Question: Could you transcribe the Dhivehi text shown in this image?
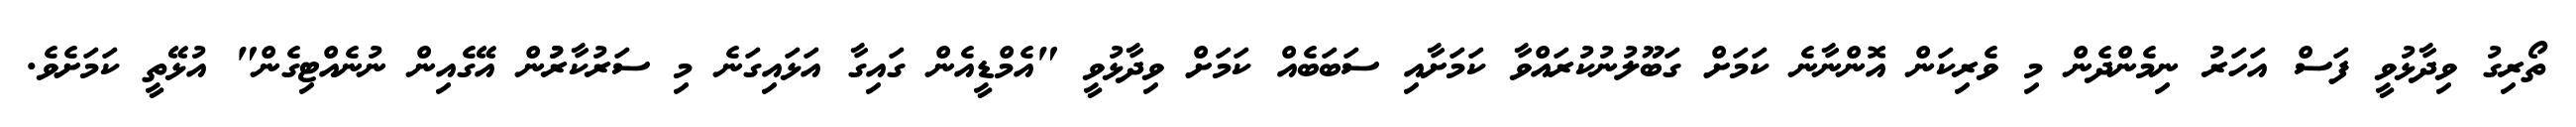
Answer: ތޯރިގު ވިދާޅުވީ ފަސް އަހަރު ނިމެންދެން މި ވެރިކަން އޮންނާނެ ކަމަށް ގަބޫލުނުކުރައްވާ ކަމަށާއި ސަބަބެއް ކަމަށް ވިދާޅުވީ "އެމްޑީއެން ގައިގާ އަޅައިގަނެ މި ސަރުކާރުުން އޭގެއިން ނުނެއްޓިގެން" އުޅޭތީ ކަމަށެވެ.